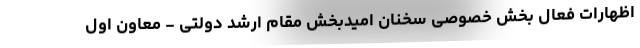
اظهارات فعال بخش خصوصی سخنان امید‌بخش مقام ارشد دولتی - معاون اول